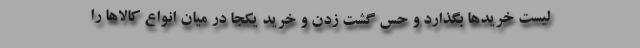
لیست خریدها بگذارد و حس گشت زدن و خرید یکجا در میان انواع کالاها را